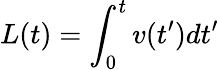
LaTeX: L(t)=\int_{0}^{t}v(t^{\prime})dt^{\prime}